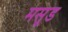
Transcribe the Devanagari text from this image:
मसूड